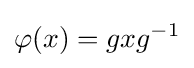
\varphi (x)=gxg^{-1}